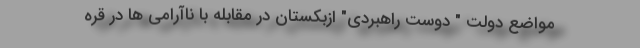
مواضع دولت " دوست راهبردی" ازبکستان در مقابله با ناآرامی ها در قره